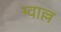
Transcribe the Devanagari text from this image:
ग्वाल्ल